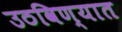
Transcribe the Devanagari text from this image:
उठविण्यात